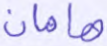
هامان